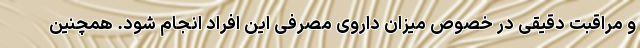
و مراقبت دقیقی در خصوص میزان داروی مصرفی این افراد انجام شود. همچنین